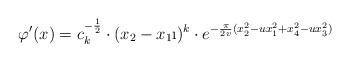
LaTeX: \begin{align*} \varphi'(x) = c_k^{-\frac{1}{2}} \cdot (x_2 - x_1 \i)^k \cdot e^{- \frac{\pi}{2v}(x_2^2 - u x_1^2 + x_4^2 - u x_3^2)}\end{align*}